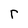
Character: r